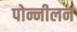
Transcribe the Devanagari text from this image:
पोन्नीलन